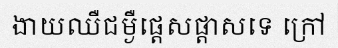
ងាយឈឺជម្ងឺផ្តេសផ្តាសទេ ក្រៅ